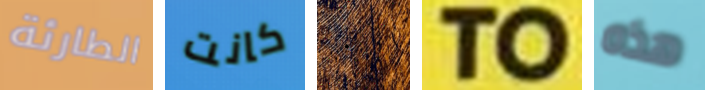
الطارئة كانت ٠ TO هذه